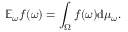
\mathbb { E } _ { \omega } f ( \omega ) = \int _ { \Omega } f ( \omega ) \mathrm { d } \mu _ { \omega } .